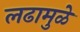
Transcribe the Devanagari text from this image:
लढामुळे